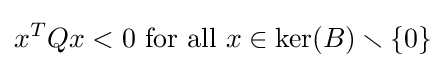
x^{T}Qx<0{\text{ for all }}x\in \ker(B)\smallsetminus \{0\}